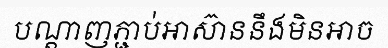
បណ្តាញភ្ជាប់អាស៊ាននឹងមិនអាច